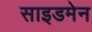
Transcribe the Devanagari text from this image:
साइडमेन